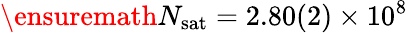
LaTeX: \ensuremath{N_{\mathrm{sat}}}=2.80(2)\times 10^{8}